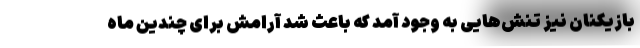
بازیکنان نیز تنش‌هایی به وجود آمد که باعث شد آرامش برای چندین ماه